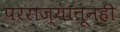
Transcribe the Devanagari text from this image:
परराज्यातूनही